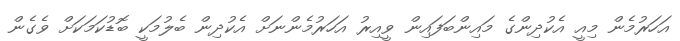
އަހަރުމެން މިއީ އެކުދިންގެ މައިންބަފައިން ވީއިރު އަހަރުމެންނަށް އެކުދިން ބެލުމަކީ ބޮޑުކަމަކަށް ވެގެން